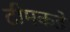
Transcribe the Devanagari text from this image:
टीमकडे